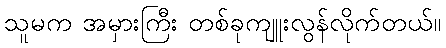
သူမက အမှားကြီး တစ်ခုကျူးလွန်လိုက်တယ်။